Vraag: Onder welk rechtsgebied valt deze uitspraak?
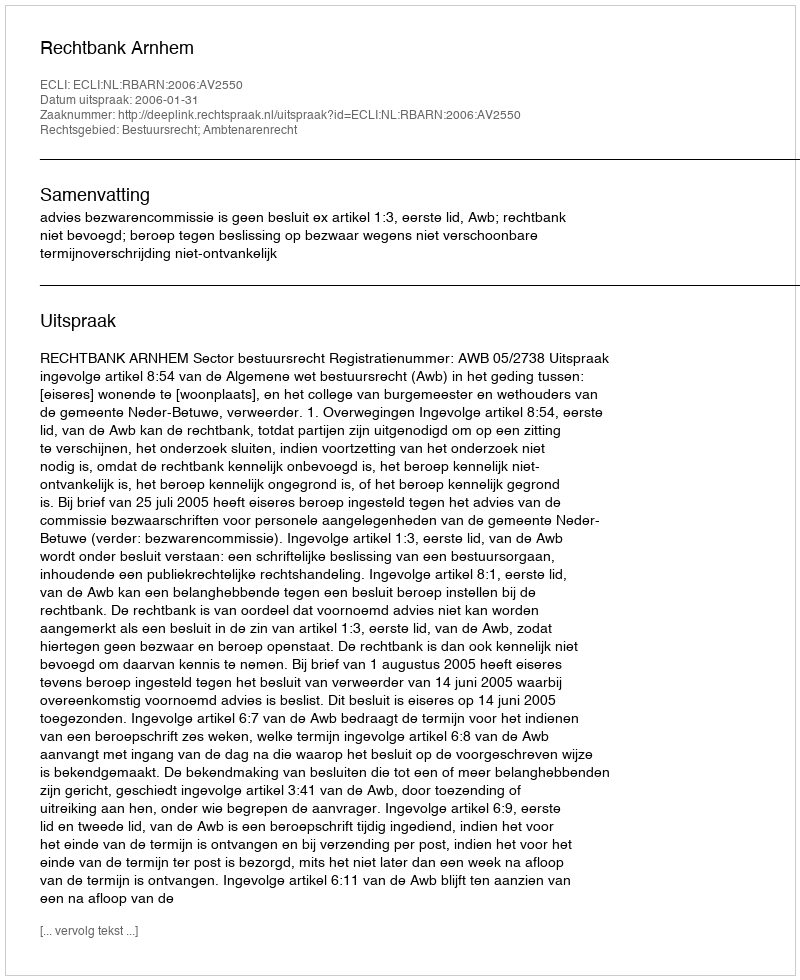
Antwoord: Bestuursrecht; Ambtenarenrecht